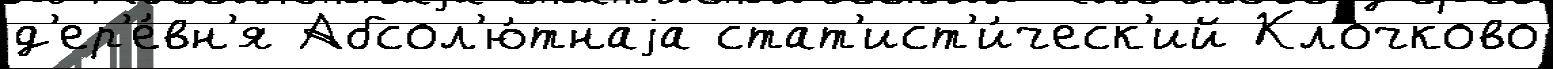
д'ер'е́вн'я Абсол'ю́тнаjа стат'ист'и́ческ'ий Клочково